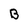
Character: B